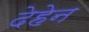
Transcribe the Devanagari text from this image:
देहेन